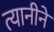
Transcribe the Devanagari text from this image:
त्यानीने